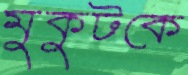
মুকুটকে